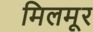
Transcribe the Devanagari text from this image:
मिलमूर